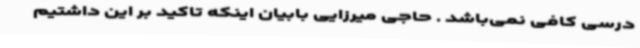
درسی کافی نمی‌باشد . حاجی میرزایی بابیان اینکه تاکید بر این داشتیم